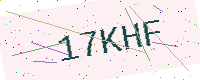
Text: 17KHF